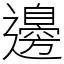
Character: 邊